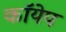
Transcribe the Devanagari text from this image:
कॉयेप